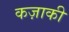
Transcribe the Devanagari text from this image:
कज़ाकी